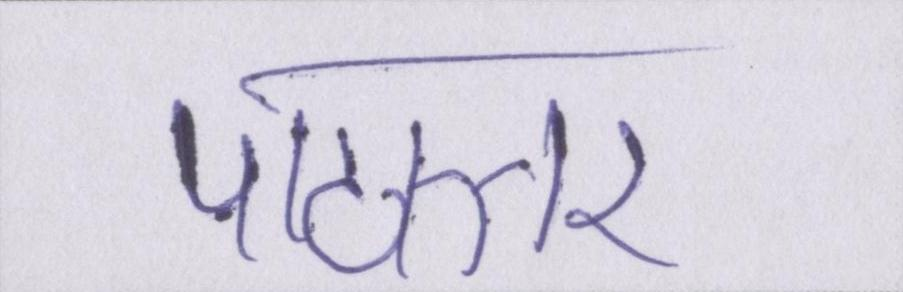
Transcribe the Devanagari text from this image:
पाठान्तर